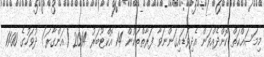
މިމަސައްކަތް ކޮށްދެއްވަން އެދިވަޑައިގަންނަވާ ފަރާތްތަކުން 14 އޮކްޓޫބަރު 2014 (އަންގާރަ) ދުވަހުގެ 11:00